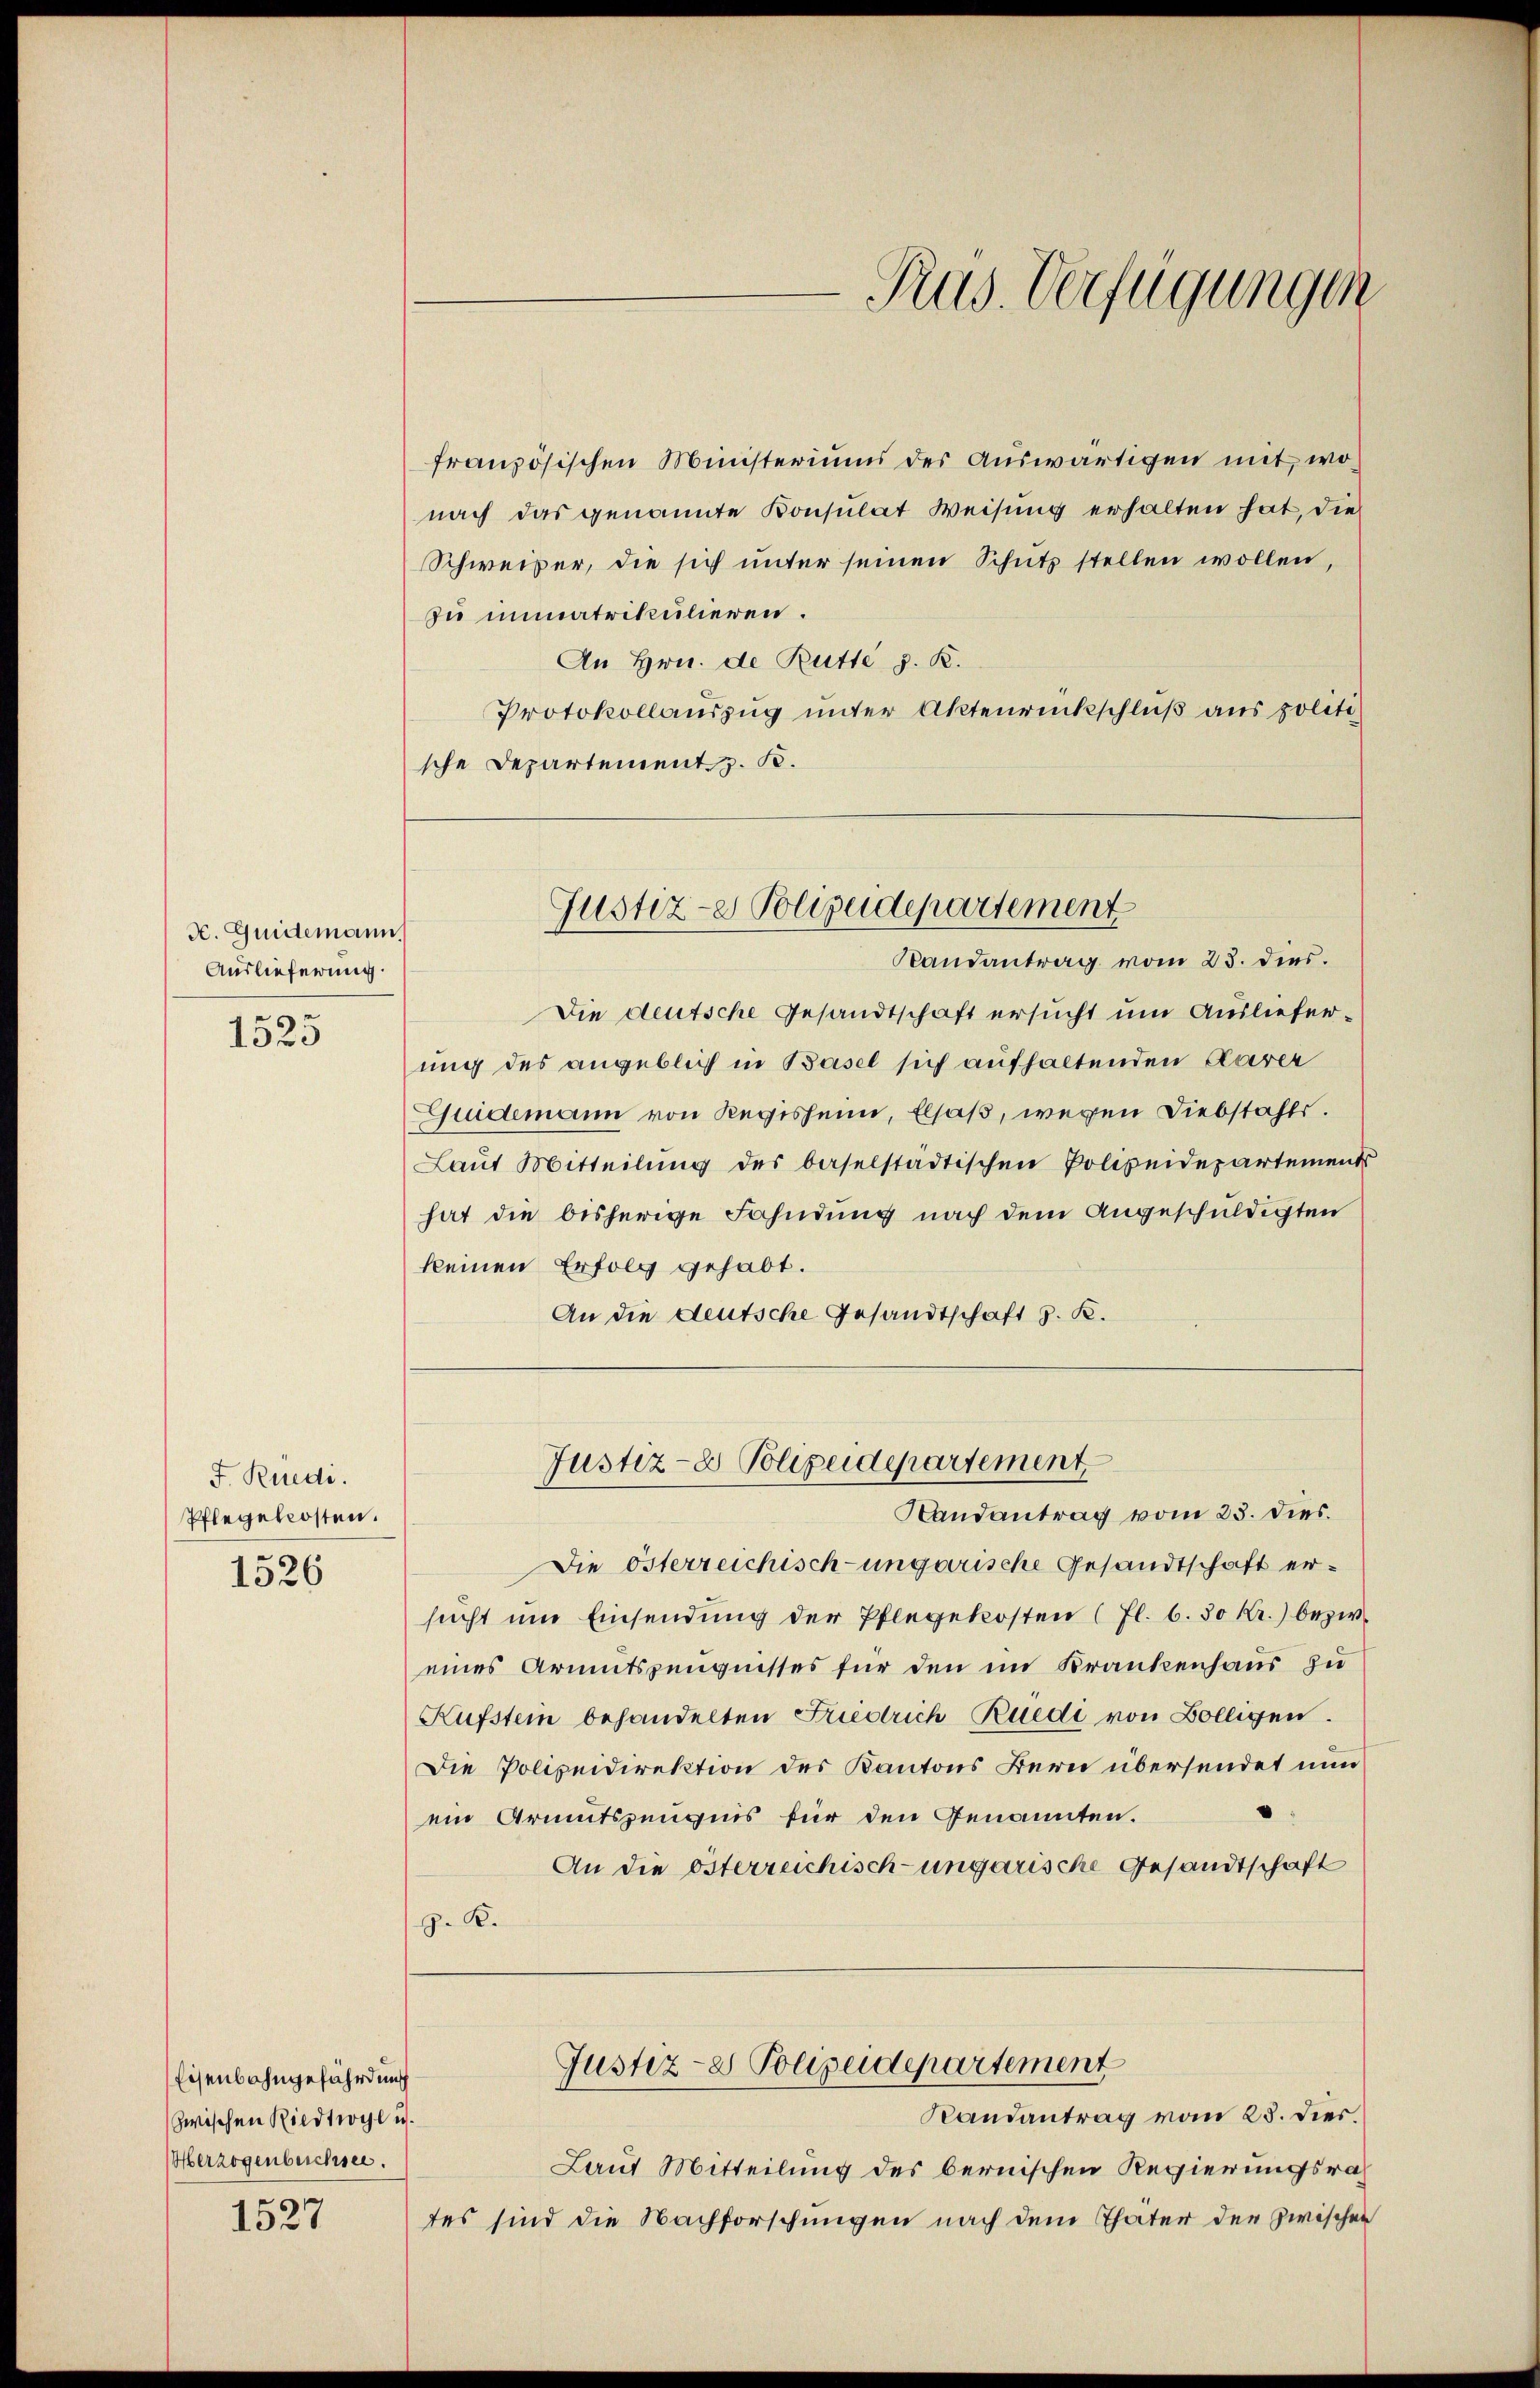
H. Guidemann,
Auslieferung.

1525

F. Rüedi.
Pflegekosten.
1526

Eisenbahngefährdung
zwischen Riedtwyl u.
Oerzogenbeichsee.

1527

französischen Ministeriums der Auswärtigen mit, wonach das genannte Konsulat Weisung erhalten hat, die
Schweizer, die sich unter seinen Schutz stellen wollen,
zu mimatrikulieren.
An Hrn. de Butte d. R.
Protokollauszug unter Aktenrückschluß aus politi
sche Departement z. B.
Die deutsche Gesandtschaft ersucht um Auslieferung des angeblich in Basel sich aufhaltenden Parer
Guidemann von Regisheim, Elsaß, wegen Diebstahls.
Laŭt Mitteilŭng des baselstädtischen Polizeidepartements
hat die bisherige Fahndung nach dem Angeschuldigten
keinen Erfolg gehabt.
An die deutsche Gesandtschaft z. K.
Justiz- & Polizeidepartement
Handantrag vom 23. dies.
Die österreichisch-ungarische Gesandtschaft ersucht um Einsendung der Pflegekosten (fl. 6. 30 Kr.) bezw.
eines Armutszeugnisses für den im Krankenhaus zu
Kufstein behandelten Friedrich Ruedi von Bolligen.
Die Polizeidirektion des Kantons Bern übersendet nun
ein Armutszeugnis für den Genannten.
An die österreichisch-ungarische Gesandtschaft
J. K.

Prus. Verfügungen

Justiz-e Polizeidepartement
Randantrag vom 23. dies.

Randantrag vom 25. dies
Laut Mitteilung des bernischen Regierungsrath
tes sind die Nachforschungen nach dem Thäter der zwischen

Justiz- & Polizeidepartement